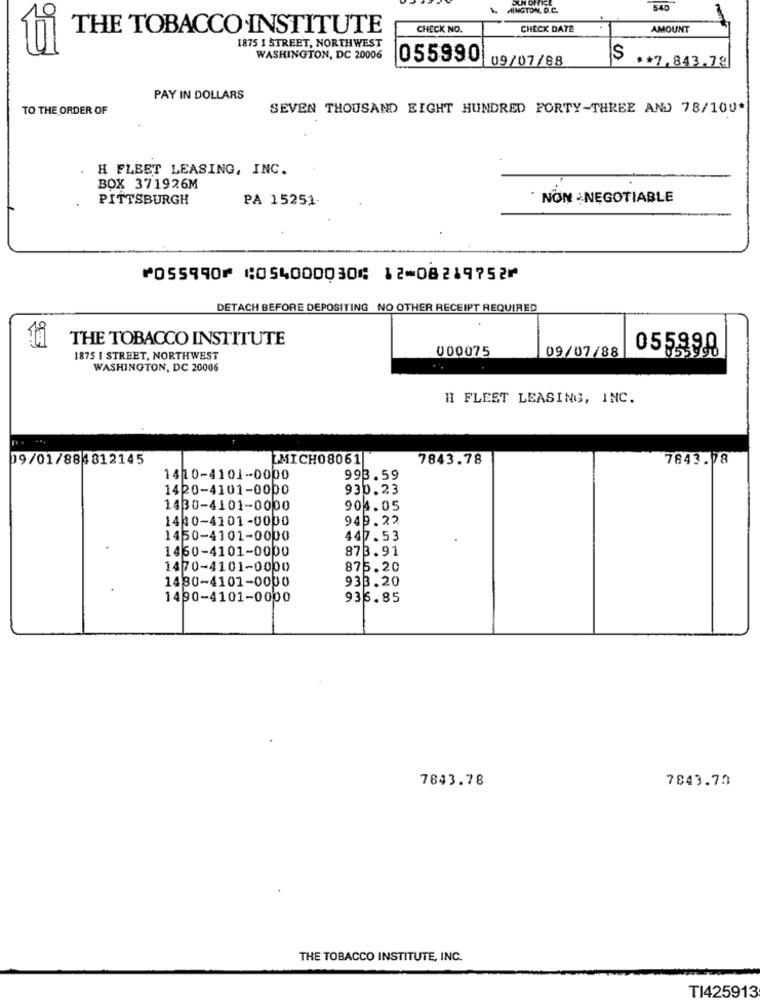
MINGTON, D.C.
540
THE TOBACCO INSTITUTE
CHECK NO.
CHECK DATE
AMOUNT
1875 I STREET, NORTHWEST
ti
WASHINGTON, DC 20006
055990
09/07/88
S
** 7,843.79
PAY IN DOLLARS
TO THE ORDER OF
SEVEN THOUSAND EIGHT HUNDRED FORTY-THREE AND 78/100*
H FLEET LEASING, INC.
BOX 371926M
PITTSBURGH
PA 15251-
NON NEGOTIABLE
⑈055990⑈ ⑆054000030⑆ 12⑉08219752⑈
DETACH BEFORE DEPOSITING NO OTHER RECEIPT REQUIRED
THE TOBACCO INSTITUTE
000075
055990
1875 I STREET, NORTHWEST
09/07/88
WASHINGTON, DC 20006
HI FLEET LEASING, INC.
09/01/88 812145
MICH08061
7843.78
7843.78
1410-4101-0000
993.59
1420-4101-0000
930.23
1430-4101-0000
904.05
1440-4101-0000
949.22
1450-4101-0000
447.53
1460-4101-0000
873.91
1470-4101-0000
875.20
933.20
1480-4101-0000
1490-4101-0000
936.85
7843.78
7843.70
THE TOBACCO INSTITUTE, INC.
TI425913